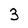
Character: 3